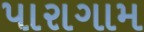
પારાગામ